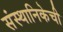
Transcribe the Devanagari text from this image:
संस्थानिकेची